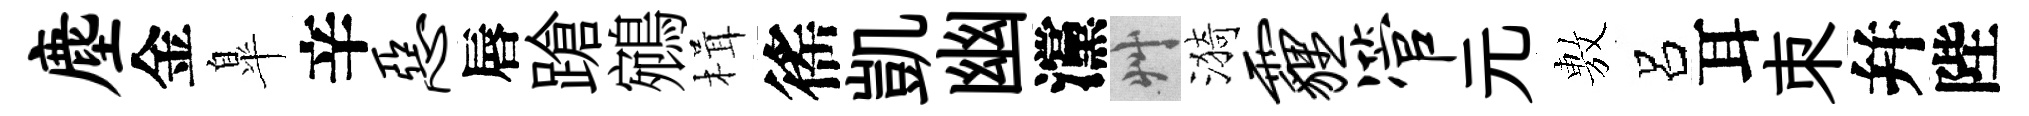
麈金臯辛恶唇蹌鵷楫徭凱幽灙艸漪霾管元𢾾呂耳朿幷陛